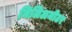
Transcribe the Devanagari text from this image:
मिलिअमीटर